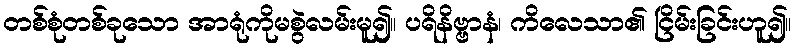
တစ်စုံတစ်ခုသော အာရုံကိုမစွဲလမ်းမူ၍။ ပရိနိဗ္ဗာနံ၊ ကိလေသာ၏ ငြိမ်းခြင်းဟူ၍။